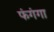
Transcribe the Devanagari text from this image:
फंगंगा